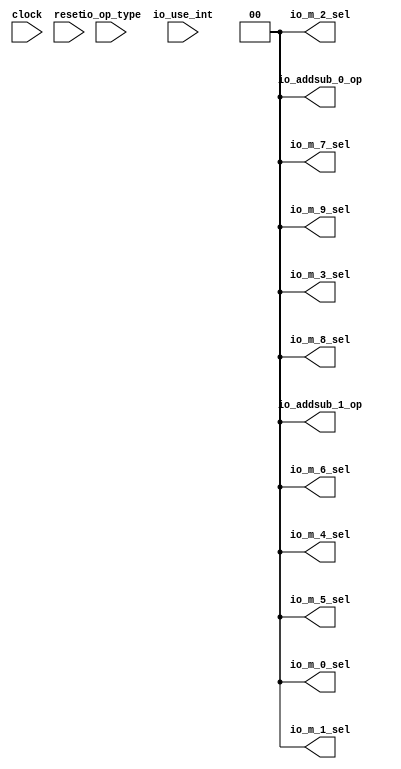
module PE_CTRL(
  input        clock,
  input        reset,
  input  [1:0] io_op_type,
  input        io_use_int,
  output [1:0] io_m_0_sel,
  output [1:0] io_m_1_sel,
  output [1:0] io_m_2_sel,
  output [1:0] io_m_3_sel,
  output [1:0] io_m_4_sel,
  output [1:0] io_m_5_sel,
  output [1:0] io_m_6_sel,
  output [1:0] io_m_7_sel,
  output [1:0] io_m_8_sel,
  output [1:0] io_m_9_sel,
  output [1:0] io_addsub_0_op,
  output [1:0] io_addsub_1_op
);
  assign io_m_0_sel = 2'h0; // @[PE_CTRL.scala 48:14]
  assign io_m_1_sel = 2'h0; // @[PE_CTRL.scala 49:14]
  assign io_m_2_sel = 2'h0; // @[PE_CTRL.scala 50:14]
  assign io_m_3_sel = 2'h0; // @[PE_CTRL.scala 51:14]
  assign io_m_4_sel = 2'h0; // @[PE_CTRL.scala 52:14]
  assign io_m_5_sel = 2'h0; // @[PE_CTRL.scala 53:14]
  assign io_m_6_sel = 2'h0; // @[PE_CTRL.scala 54:14]
  assign io_m_7_sel = 2'h0; // @[PE_CTRL.scala 55:14]
  assign io_m_8_sel = 2'h0; // @[PE_CTRL.scala 56:14]
  assign io_m_9_sel = 2'h0; // @[PE_CTRL.scala 57:14]
  assign io_addsub_0_op = 2'h0; // @[PE_CTRL.scala 65:18]
  assign io_addsub_1_op = 2'h0; // @[PE_CTRL.scala 66:18]
endmodule